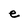
Character: e